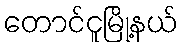
တောင်ငူမြို့နယ်